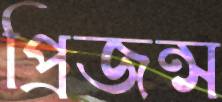
প্রিজন্স